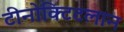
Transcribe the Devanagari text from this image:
टीनोक्टिटलान